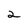
Character: 2